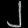
Digit: ၂